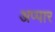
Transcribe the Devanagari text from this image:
अप्पार